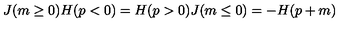
J ( m \ge 0 ) H ( p < 0 ) = H ( p > 0 ) J ( m \le 0 ) = - H ( p + m )